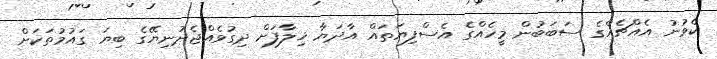
ކެވުނު އެއްޗެއްގެ ސަބަބުން މީހެއްގެ އެސްފިޔަތައް އާދަޔާ ޚިލާފަށް ދިގުވެއްޖެދުނިޔޭގެ ބިޔަ ގައުމުތަކަށް